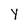
Character: Y